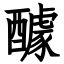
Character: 醵